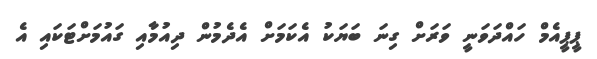
ޕީޕީއެމް ހައްދަވަނީ ވަރަށް ގިނަ ބަޔަކު އެކަމަށް އެދެމުން ދިއުމާއި ގައުމަށްޓަކައި އެ